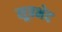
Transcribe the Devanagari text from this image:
सूत्रभेद